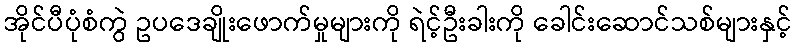
အိုင်ပီပုံစံကွဲ ဥပဒေချိုးဖောက်မှုများကို ရဲင့်ဦးခါးကို ခေါင်းဆောင်သစ်များနှင့်